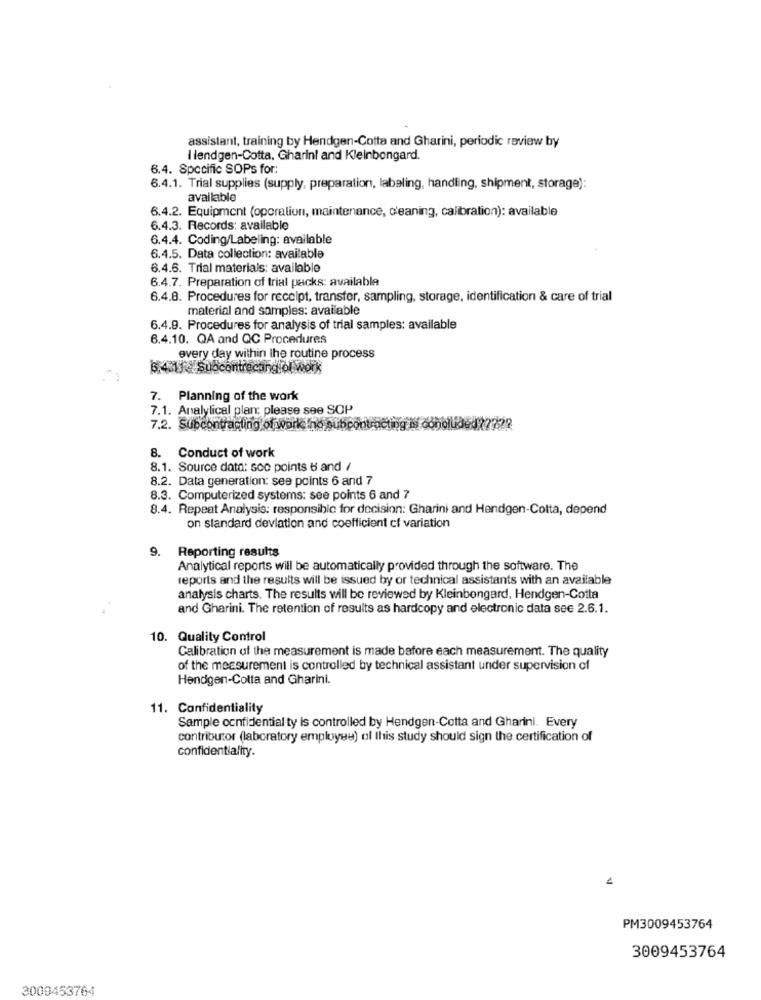
assistant, training by Hendgen-Cotta and Gharini, periodic review by
Ilendgen-Cotta. Gharinl and Kleinbongard.
6.4. Specific SOPs for:
6.4.1. Trial supplies (supply, preparation, labeling, handling, shipment, storage):
available
6.4.2. Equipment (operation, maintenance, d'eaning, calibration): available
6.4.3. Records: available
6.4.4. Coding/Labeling: available
6.4.5. Data collection: available
6.4.6. Trial materials: available
6.4.7. Preparation of trial packs: available
6.4.8. Procedures for receipt, transfer, sampling, storage, identification & care of trial
material and samples: available
6.4.9. Procedures for analysis of trial samples: available
6.4.10. QA and QC Procedures
every day within the routine process
5.4.1 Suocontrecangiol work
7. Planning of the work
7.1. Analytical plan: please see SOP
7.2. Subcontracting of work ho subpon
8. Conduct of work
8.1. Source data: sco points 6 and /
8.2. Data generation: see points 6 and 7
8.3. Computerized systems: see points 6 and 7
8.4. Repeat Analysis: responsible for decision: Gharini and Hendgen-Cotta, depend
on standard deviation and coefficient cf variation
9.
Reporting results
Analytical reports will be automatically provided through the software. The
reports and the results will be issued by or technical assistants with an available
analysis charts. The results will be reviewed by Kleinbongard, Hendgen-Cotta
and Gharini. The retention of results as hardcopy and electronic data see 2.6.1.
10. Quality Control
Calibration of the measurement is made before each measurement. The quality
of the measurement is controlled by technical assistant under supervision of
Hendgen-Cotta and Gharini.
11. Confidentiality
Sample confidential ty is controlled by Hendgen-Cotta and Gharini. Every
contributor (laboratory employee) ol this study should sign the certification of
confidentiality.
PM3009453764
3009453764
3009453764